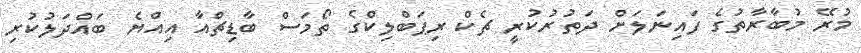
މުރޭ މުބާރާތުގެ ފައިނަލަށް ދަތުރުކުރީ ޗެކް ރިޕަބްލިކްގެ ތޯމަސް ބާޑިޗްއާ އިއްޔެ ބައްދަލުކުރި